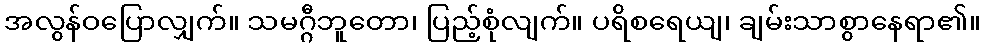
အလွန်ဝပြောလျှက်။ သမဂ္ဂီဘူတော၊ ပြည့်စုံလျက်။ ပရိစရေယျ၊ ချမ်းသာစွာနေရာ၏။